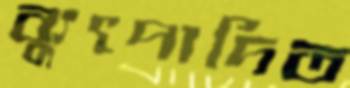
ব্যুৎপাদিত